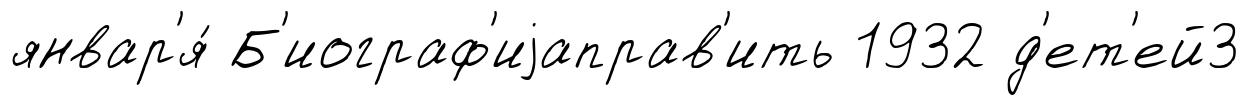
январ'я́ Б'иограф'иjаправ'ить 1932 д'ет'ей3